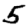
Digit: 5